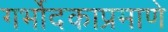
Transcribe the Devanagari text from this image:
गर्भोदकाप्रमाणे